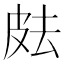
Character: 𰤟